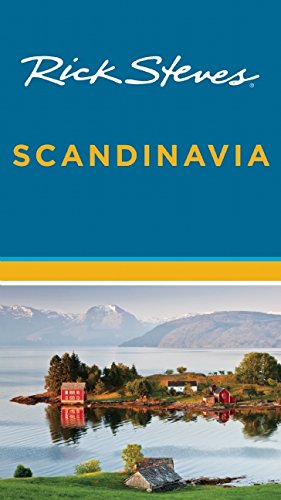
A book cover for Rick Steves Scandinavia; Rick Steves; Travel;